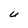
Character: U